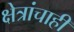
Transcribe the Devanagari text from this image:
क्षेत्रांचाही